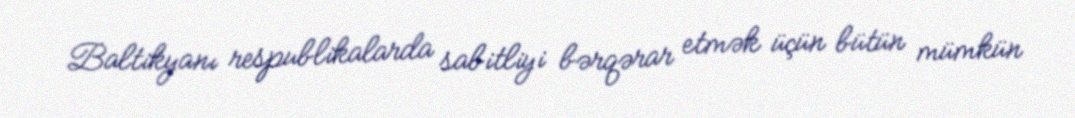
Baltikyanı respublikalarda sabitliyi bərqərar etmək üçün bütün mümkün